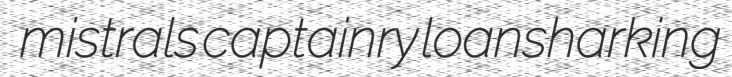
mistrals captainry loansharking